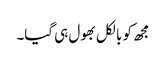
مجھ کو بالکل بھول ہی گیا۔